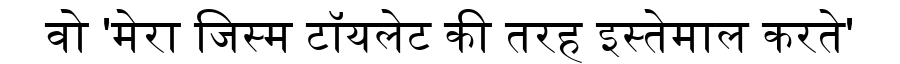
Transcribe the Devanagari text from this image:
वो 'मेरा जिस्म टॉयलेट की तरह इस्तेमाल करते'